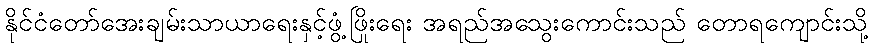
နိုင်ငံတော်အေးချမ်းသာယာရေးနှင့်ဖွံ့ဖြိုးရေး အရည်အသွေးကောင်းသည် တောရကျောင်းသို့